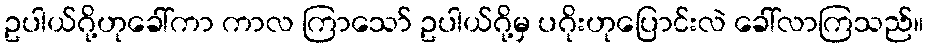
ဥပါယ်ဂို့ဟုခေါ်ကာ ကာလ ကြာသော် ဥပါယ်ဂို့မှ ပဂိုးဟုပြောင်းလဲ ခေါ်လာကြသည်။